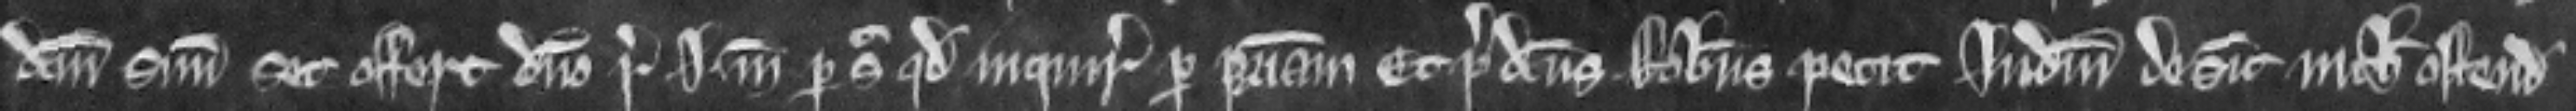
dictum suum set offert domino regi i marcam per sic quod inquiratur per patriam. Et predictus Robertus petit judicium desicut nichil ostendit